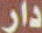
دار